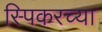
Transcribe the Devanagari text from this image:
स्पिकरच्या